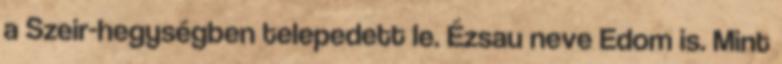
a Szeir-hegységben telepedett le. Ézsau neve Edom is. Mint